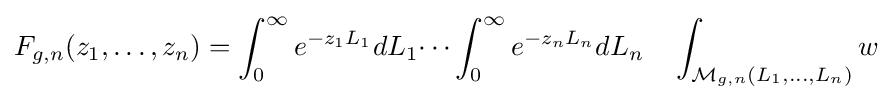
F_{g,n}(z_{1},\dots ,z_{n})=\int _{0}^{\infty }e^{-z_{1}L_{1}}dL_{1}\dots \int _{0}^{\infty }e^{-z_{n}L_{n}}dL_{n}\quad \int _{{\mathcal {M}}_{g,n}(L_{1},\dots ,L_{n})}w